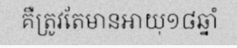
គឺត្រូវតែមានអាយុ១៨ឆ្នាំ